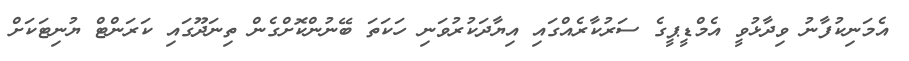
އެމަނިކުފާނު ވިދާޅުވީ އެމްޑީޕީގެ ސަރުކާރެއްގައި އިޔާދަކުރުވަނި ހަކަތަ ބޭނުންކޮށްގެން ތިނަދޫގައި ކަރަންޓް ޔުނިޓަކަށް